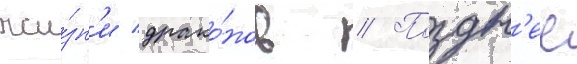
жи́зн'и драко́нов // Поздн'ее